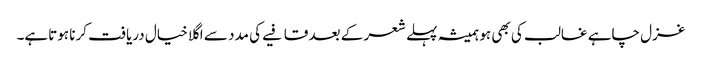
غزل چاہے غالب کی بھی ہو ہمیشہ پہلے شعر کے بعد قافیے کی مدد سے اگلا خیال دریافت کرنا ہوتاہے۔